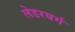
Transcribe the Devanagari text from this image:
लेडरबर्ग